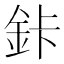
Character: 鉲